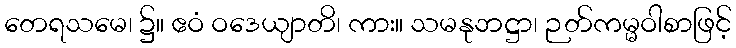
တေရသမေ၊ ၌။ ဧဝံ ဝဒေယျာတိ၊ ကား။ သမနုဘဋ္ဌာ၊ ဉတ်ကမ္မဝါစာဖြင့်